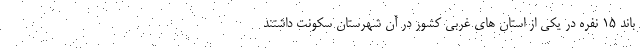
باند ۱۵ نفره در یکی از استان های غربی کشور در آن شهرستان سکونت داشتند